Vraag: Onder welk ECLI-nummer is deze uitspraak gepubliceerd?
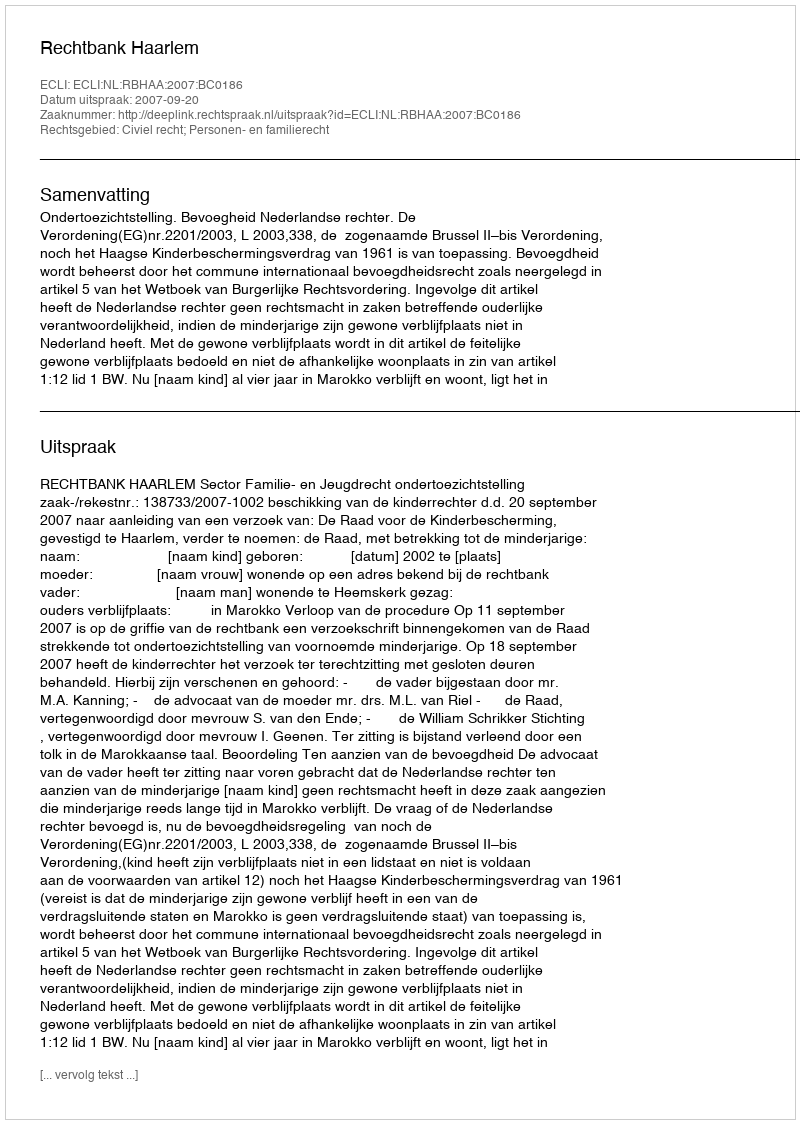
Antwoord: ECLI:NL:RBHAA:2007:BC0186